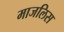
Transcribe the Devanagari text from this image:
माजलिस